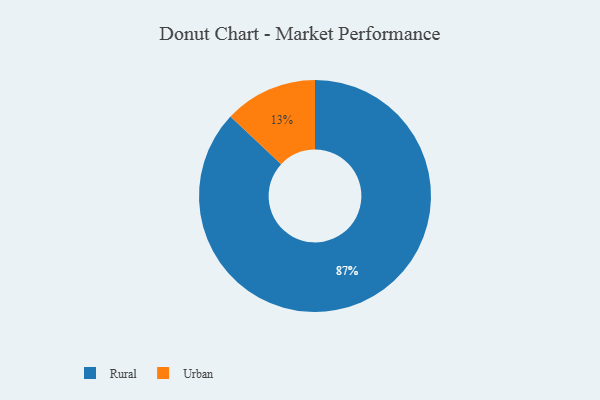
{"axis": {"x": "Category", "y": "Percentage"}, "legend": ["Rural", "Urban"], "data": [{"x": "Urban", "y": 13, "type": "Urban"}, {"x": "Rural", "y": 87, "type": "Rural"}]}